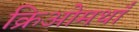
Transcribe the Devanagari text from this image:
क्रिओमथाँ